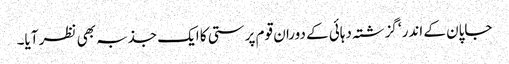
جاپان کے اندر‘ گزشتہ دہائی کے دوران قوم پرستی کا ایک جذبہ بھی نظر آیا۔